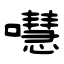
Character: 嚖